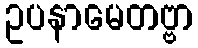
ဥပနာမေတဗ္ဗာ